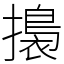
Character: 𢶑